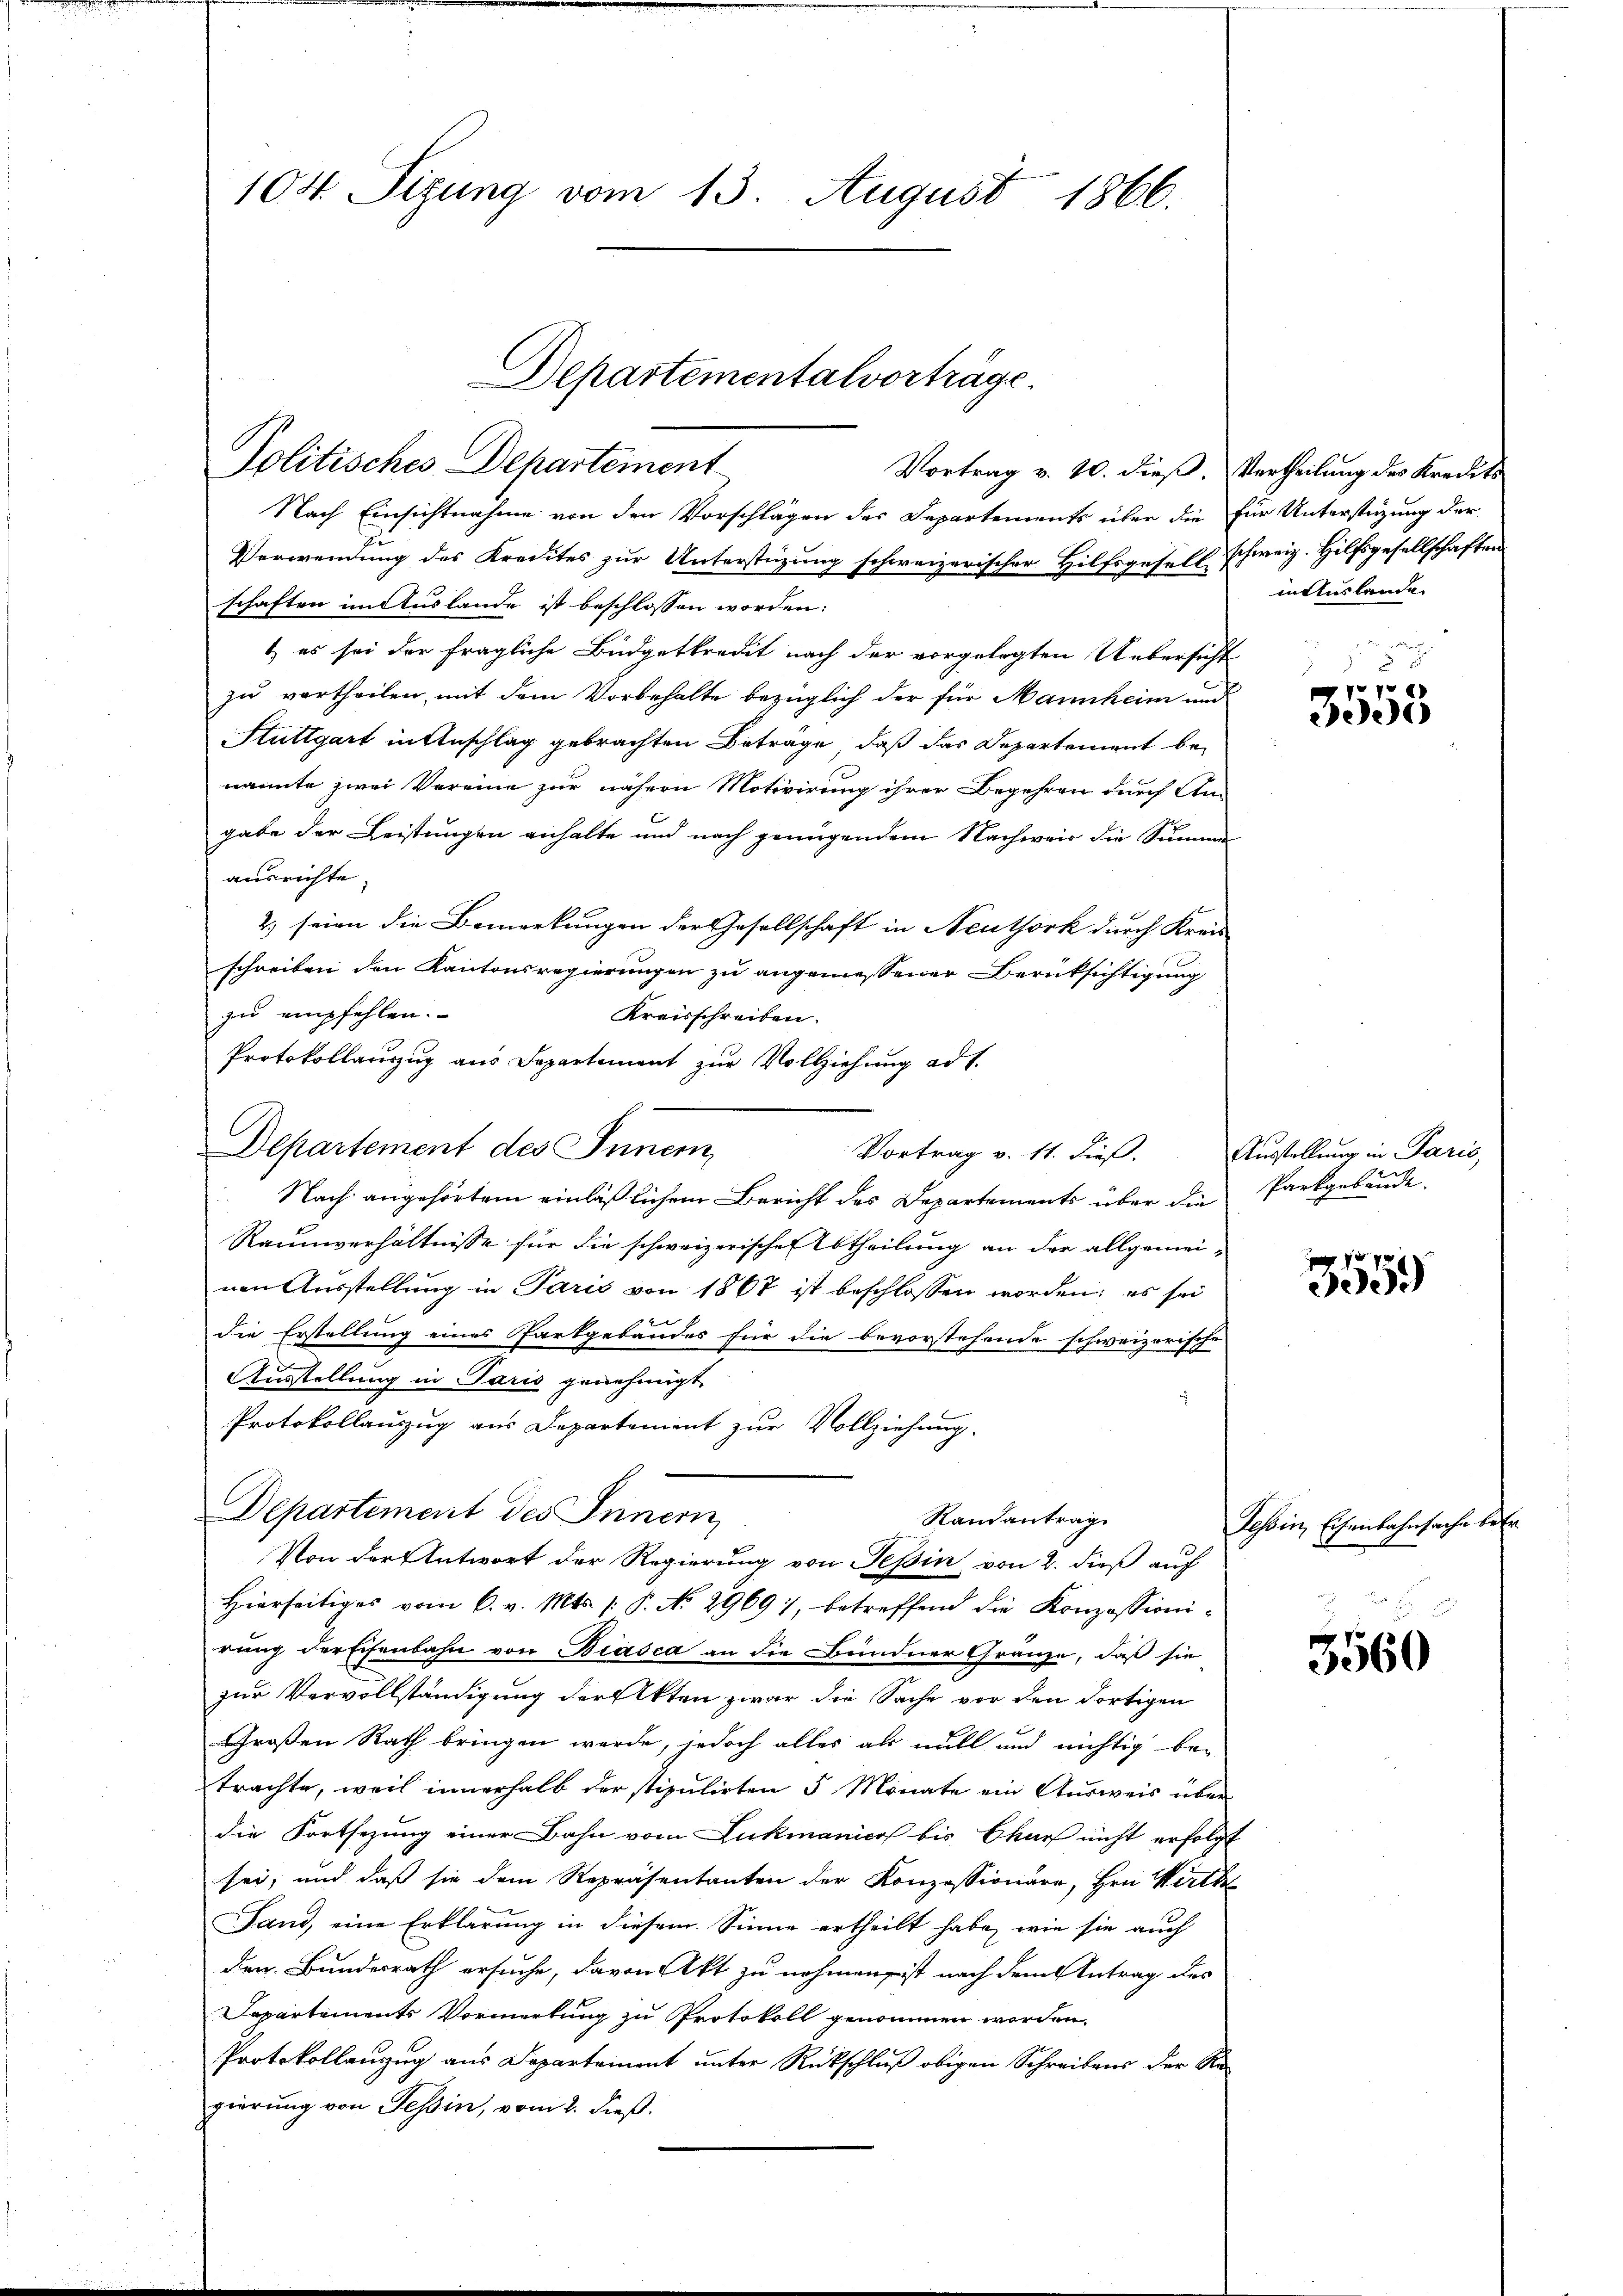
104 Sizung vom 13. August 1866.

Departementalvorträge.
Politisches Departement

Nach Einsichtnahme von den Vorschlägen des Departements über die für Unterstützung der
Verwendung des Kredites zur Unterstüzung schweizerischer Hilfsgesell schweiz. Hilfsgesellschaften
schaften im Auslande ist beschlossen worden:
t es sei der fragliche Büdgetkredit nach der vorgelegten Uebersicht
zu vortheilen, mit dem Vorbehalte bezüglich der für Mannheim und
Stuttgart in Anschlag gebrachten Betrage, daß das Departement benannte zwei Vereine zur nähern Motivirung ihrer Begehren durch Am
gabe der Leistungen anhalte und nach genügendem Nachweis die Summen
ausrichte.
2) seien die Bemerkungen der Gesellschaft in Neuthork durch Kreis
schreiben den Kantonsregierungen zu angemessener Berüksichtigung
zu empfehlen.
Kreisschreiben.
Protokollauszug aus Departement zur Vollziehung ad 1.
Departement des Inner
Vortrag v. 11. dieß.
Nach angehörtem einläßlichem Bericht des Departements über die
Raumverhältnisse für die schweizerische Abtheilung an der allgemeinen Ausstellung in Parić von 1867 ist beschlossen worden; es sei
die Erstellung eines Fortgebäudes für die bevorstehende schweizerische
Ausstellung in Paris genehmigt.
Protokollauszug aus Departement zur Vollziehung.
Departement des Innern
Randantrag
Von der Antwort der Regierung von Tessin von 2. dieß auf
Hierseitiges vom 6. v. Mts. /: P. No 2969), betreffend die Konzessionirung der Eisenbahn von Biasca an die Bündner Gränze, daß sie
zur Vervollständigung der Akten zwar die Sache vor den dortigen
Großen Rath bringen werde, jedoch alles als will und nichtig betrachte, weil innerhalb der stipulirten 5 Monate ein Ausweis über
die Fortsezung einer Bahn vom Lukmanicus bis Churf nicht erfolgt
sei, und daß sie dem Repräsentanten der Konzessionäre, Hrn. Wirth
Fand, eine Erklärung in diesem Sinne ertheilt habe, wie sie auch
den Bundesrath ersuche, davon Akt zu nehmen ist nach dem Antrag des
Departements Vormerkung zu Protokoll genommen worden.
Protokollanzug aus Departement unter Rückschluß obigen Schreibens der Re-
gierung von Tessin, vom 2. dieß.

Vortrag v. 10. dieß, Vertheilung des Kredits

in Auslande

7
ede

Ausstellung in Paris,
Parkgebäude.

3559

Tessin, Eisenbahnsache betr

3560